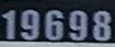
19698